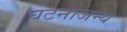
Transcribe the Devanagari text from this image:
घटनाजन्य